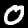
Label: 0